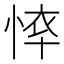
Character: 𢜙